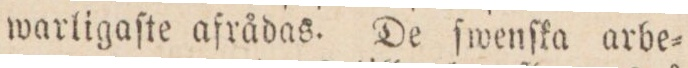
warligaſte aſrådas. De ſwenſka arbe=